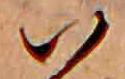
ハ